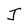
Character: J